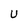
Character: U